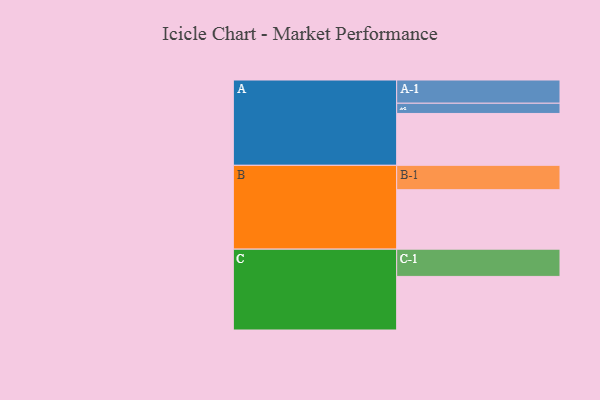
{"axis": {"x": "Segment", "y": "Value"}, "legend": ["", "A", "B", "C"], "data": [{"x": "A", "y": 451, "type": ""}, {"x": "B", "y": 517, "type": ""}, {"x": "C", "y": 466, "type": ""}, {"x": "A-1", "y": 202, "type": "A"}, {"x": "A-2", "y": 89, "type": "A"}, {"x": "B-1", "y": 212, "type": "B"}, {"x": "C-1", "y": 237, "type": "C"}]}